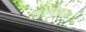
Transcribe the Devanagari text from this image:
सोमेश्नर